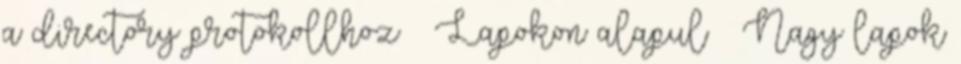
a directory protokollhoz ● Lapokon alapul – Nagy lapok